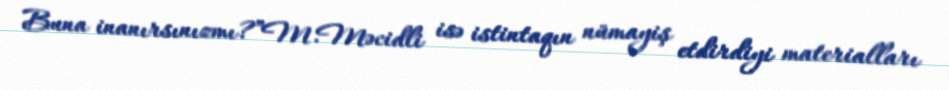
Buna inanırsınızmı?”M.Məcidli isə istintaqın nümayiş etdirdiyi materialları